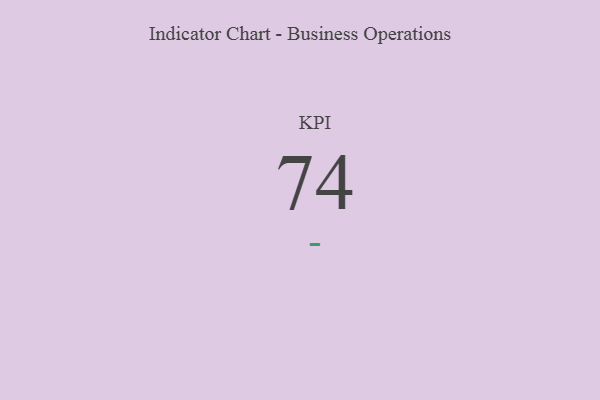
{"axis": {"x": "KPI", "y": "Value"}, "legend": [""], "data": [{"x": "KPI", "y": 74, "type": ""}]}